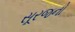
સૂરજનો